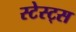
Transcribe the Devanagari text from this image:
स्टेस्ट्स